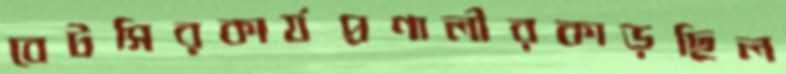
বেটসিরকার্যপ্রণালীরকাড়ছিল